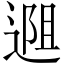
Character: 𬨱